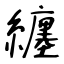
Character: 纏